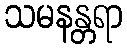
သမနန္တရာ